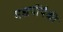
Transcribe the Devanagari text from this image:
मद्यपींपैकी